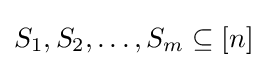
S_{1},S_{2},\ldots ,S_{m}\subseteq [n]